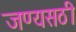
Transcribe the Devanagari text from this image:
जण्यसठी